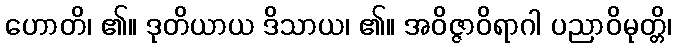
ဟောတိ၊ ၏။ ဒုတိယာယ ဒိသာယ၊ ၏။ အဝိဇ္ဇာဝိရာဂါ ပညာဝိမုတ္တိ၊